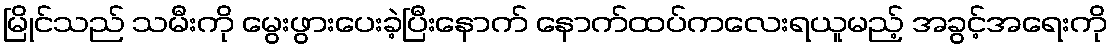
မြိုင်သည် သမီးကို မွေးဖွားပေးခဲ့ပြီးနောက် နောက်ထပ်ကလေးရယူမည့် အခွင့်အရေးကို